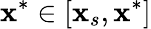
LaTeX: \mathbf{x}^{*}\in[\mathbf{x}_{s},\mathbf{x}^{*}]